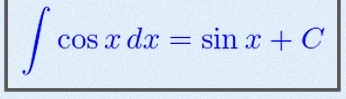
\int \cos x\,dx=\sin x+C